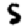
Digit: 5